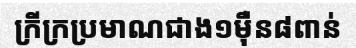
ក្រីក្រប្រមាណជាង១ម៉ឺន៨ពាន់